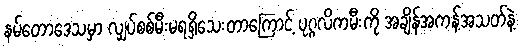
နမ်တောဒေသမှာ လျှပ်စစ်မီးမရရှိသေးတာကြောင့် ပုဂ္ဂလိကမီးကို အချိန်အကန့်အသတ်နဲ့